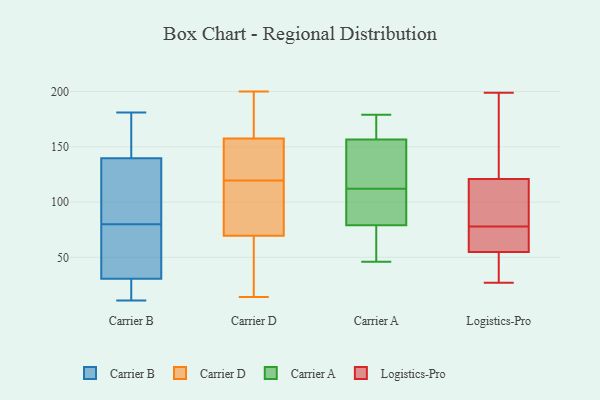
{"axis": {"x": "Bounce Rate (%)", "y": "Value"}, "legend": ["Carrier A", "Carrier B", "Carrier D", "Logistics-Pro"], "data": [{"x": "", "y": 58, "type": "Carrier B"}, {"x": "", "y": 11, "type": "Carrier B"}, {"x": "", "y": 145, "type": "Carrier B"}, {"x": "", "y": 93, "type": "Carrier B"}, {"x": "", "y": 181, "type": "Carrier B"}, {"x": "", "y": 155, "type": "Carrier B"}, {"x": "", "y": 20, "type": "Carrier B"}, {"x": "", "y": 16, "type": "Carrier B"}, {"x": "", "y": 80, "type": "Carrier B"}, {"x": "", "y": 80, "type": "Carrier B"}, {"x": "", "y": 67, "type": "Carrier B"}, {"x": "", "y": 56, "type": "Carrier B"}, {"x": "", "y": 22, "type": "Carrier B"}, {"x": "", "y": 15, "type": "Carrier B"}, {"x": "", "y": 136, "type": "Carrier B"}, {"x": "", "y": 130, "type": "Carrier B"}, {"x": "", "y": 156, "type": "Carrier B"}, {"x": "", "y": 127, "type": "Carrier B"}, {"x": "", "y": 141, "type": "Carrier B"}, {"x": "", "y": 200, "type": "Carrier D"}, {"x": "", "y": 145, "type": "Carrier D"}, {"x": "", "y": 149, "type": "Carrier D"}, {"x": "", "y": 99, "type": "Carrier D"}, {"x": "", "y": 14, "type": "Carrier D"}, {"x": "", "y": 167, "type": "Carrier D"}, {"x": "", "y": 159, "type": "Carrier D"}, {"x": "", "y": 128, "type": "Carrier D"}, {"x": "", "y": 161, "type": "Carrier D"}, {"x": "", "y": 16, "type": "Carrier D"}, {"x": "", "y": 69, "type": "Carrier D"}, {"x": "", "y": 195, "type": "Carrier D"}, {"x": "", "y": 61, "type": "Carrier D"}, {"x": "", "y": 60, "type": "Carrier D"}, {"x": "", "y": 111, "type": "Carrier D"}, {"x": "", "y": 102, "type": "Carrier D"}, {"x": "", "y": 84, "type": "Carrier D"}, {"x": "", "y": 135, "type": "Carrier D"}, {"x": "", "y": 156, "type": "Carrier D"}, {"x": "", "y": 70, "type": "Carrier D"}, {"x": "", "y": 100, "type": "Carrier A"}, {"x": "", "y": 46, "type": "Carrier A"}, {"x": "", "y": 112, "type": "Carrier A"}, {"x": "", "y": 178, "type": "Carrier A"}, {"x": "", "y": 73, "type": "Carrier A"}, {"x": "", "y": 150, "type": "Carrier A"}, {"x": "", "y": 89, "type": "Carrier A"}, {"x": "", "y": 122, "type": "Carrier A"}, {"x": "", "y": 140, "type": "Carrier A"}, {"x": "", "y": 81, "type": "Carrier A"}, {"x": "", "y": 177, "type": "Carrier A"}, {"x": "", "y": 179, "type": "Carrier A"}, {"x": "", "y": 49, "type": "Carrier A"}, {"x": "", "y": 102, "type": "Logistics-Pro"}, {"x": "", "y": 199, "type": "Logistics-Pro"}, {"x": "", "y": 44, "type": "Logistics-Pro"}, {"x": "", "y": 180, "type": "Logistics-Pro"}, {"x": "", "y": 78, "type": "Logistics-Pro"}, {"x": "", "y": 77, "type": "Logistics-Pro"}, {"x": "", "y": 72, "type": "Logistics-Pro"}, {"x": "", "y": 27, "type": "Logistics-Pro"}, {"x": "", "y": 126, "type": "Logistics-Pro"}, {"x": "", "y": 49, "type": "Logistics-Pro"}, {"x": "", "y": 106, "type": "Logistics-Pro"}]}